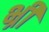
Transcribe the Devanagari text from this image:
भ्रीं